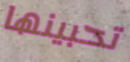
تحبينها